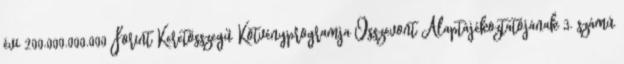
évi 200.000.000.000 Forint Keretösszegű Kötvényprogramja Összevont Alaptájékoztatójának 3. számú